Annual administration report of the Civil Veterinary Department of India - 1907-1908
Year: 1907
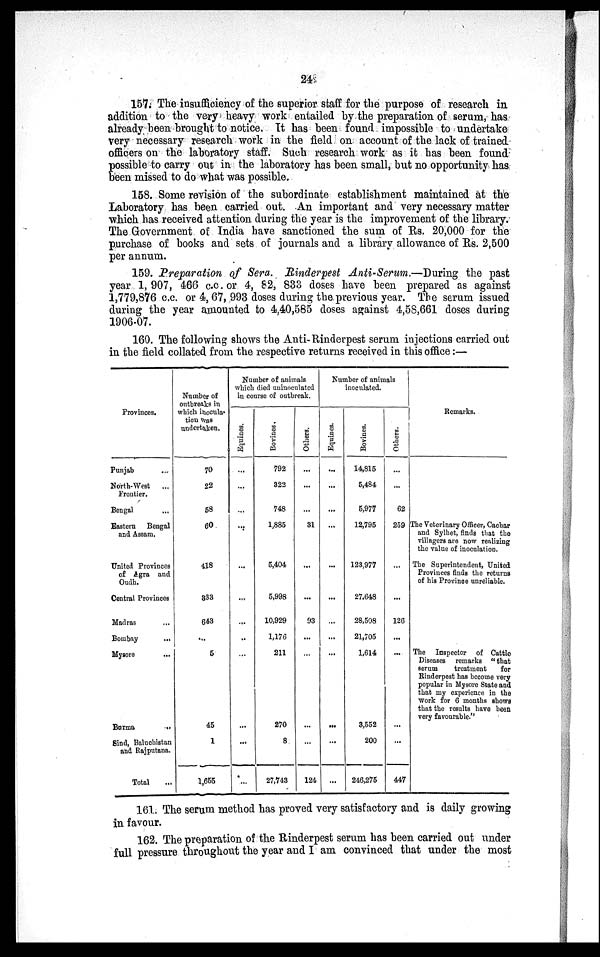
24
157. The insufficiency of the superior staff for the purpose of research in
addition to the very heavy work entailed by the preparation of serum, has
already been brought to notice. It has been found impossible to undertake
very necessary research work in the field on account of the lack of trained
officers on the laboratory staff. Such research work as it has been found
possible to carry out in the laboratory has been small, but no opportunity has
been missed to do what was possible.
158. Some revision of the subordinate establishment maintained at the
Laboratory has been carried out. An important and very necessary matter
which has received attention during the year is the improvement of the library.
The Government of India have sanctioned the sum of Rs. 20,000 for the
purchase of books and sets of journals and a library allowance of Rs. 2,500
per annum.
159. Preparation of Sera. Rinderpest Anti-Serum.—During the past
year 1,907, 466 c.c. or 4, 82, 833 doses have been prepared as against
1,779,876 c.c. or 4, 67, 993 doses during the previous year. The serum issued
during the year amounted to 4,40,585 doses against 4,58,661 doses during
1906-07.
160. The following shows the Anti-Rinderpest serum injections carried out
in the field collated from the respective returns received in this office:—
Provinces.
Punjab
...
North-West
...
Frontier.
Bengal ...
Eastern
Bengal
and Assam.
United Provinces
of Agra and
Oudh.
Central Provinces
Madras ...
Bombay
...
Mysore ...
Burma
...
Sind, Baluchistan
and Rajputana.
Total ...
Number of
outbreaks in
which inocula-
tion was
undertaken.
70
22
58
60
418
333
643
...
5
45
1
1,655
Number of animals
which died uninoculated
in course of outbreak.
Equines.
...
...
...
...
...
...
...
...
...
...
...
...
Bovines.
792
322
748
1,885
5,404
5,998
10,929
1,176
211
270
8
27,743
Others.
...
...
...
31
...
...
93
...
...
...
...
124
Number of animals
inoculated.
Equines.
...
...
...
...
...
...
...
...
...
...
...
...
Bovines.
14,815
5,484
5,977
12,795
123,977
27,648
28,508
21,705
1,614
3,552
200
246,275
Others.
...
...
62
259
...
...
126
...
...
...
...
447
Remarks.
The Veterinary Officer, Cachar
and Sylhet, finds that the
villagers are now realizing
the value of inoculation.
The Superintendent, United
Provinces finds the returns
of his Province unreliable.
The Inspector of Cattle
Diseases remarks " that
serum
treatment
for
Rinderpest has become very
popular in Mysore State and
that my experience in the
work for 6 months shows
that the results have been
very favourable.''
161. The serum method has proved very satisfactory and is daily growing
in favour.
162. The preparation of the Rinderpest serum has been carried out under
full pressure throughout the year and I am convinced that under the most